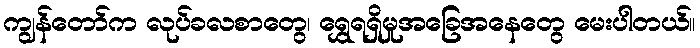
ကျွန်တော်က လုပ်ခလစာတွေ၊ ရွှေရရှိမှုအခြေအနေတွေ မေးပါတယ်။